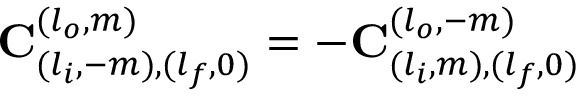
\mathbf { C } _ { ( l _ { i } , - m ) , ( l _ { f } , 0 ) } ^ { ( l _ { o } , m ) } = - \mathbf { C } _ { ( l _ { i } , m ) , ( l _ { f } , 0 ) } ^ { ( l _ { o } , - m ) }